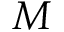
M